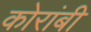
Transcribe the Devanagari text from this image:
कोरांबी